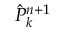
\hat { P } _ { k } ^ { n + 1 }